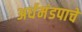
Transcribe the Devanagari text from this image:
अर्धमंडपाचे